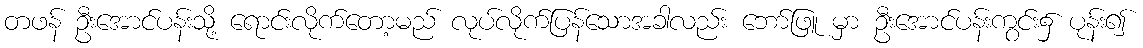
တဖန် ဦးအောင်ပန်းသို့ ရောင်းလိုက်တော့မည် လုပ်လိုက်ပြန်သောအခါလည်း ဘော်ဖြူ မှာ ဦးအောင်ပန်းကွင်း၌ ပုန်း၍